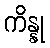
ကိန္နု